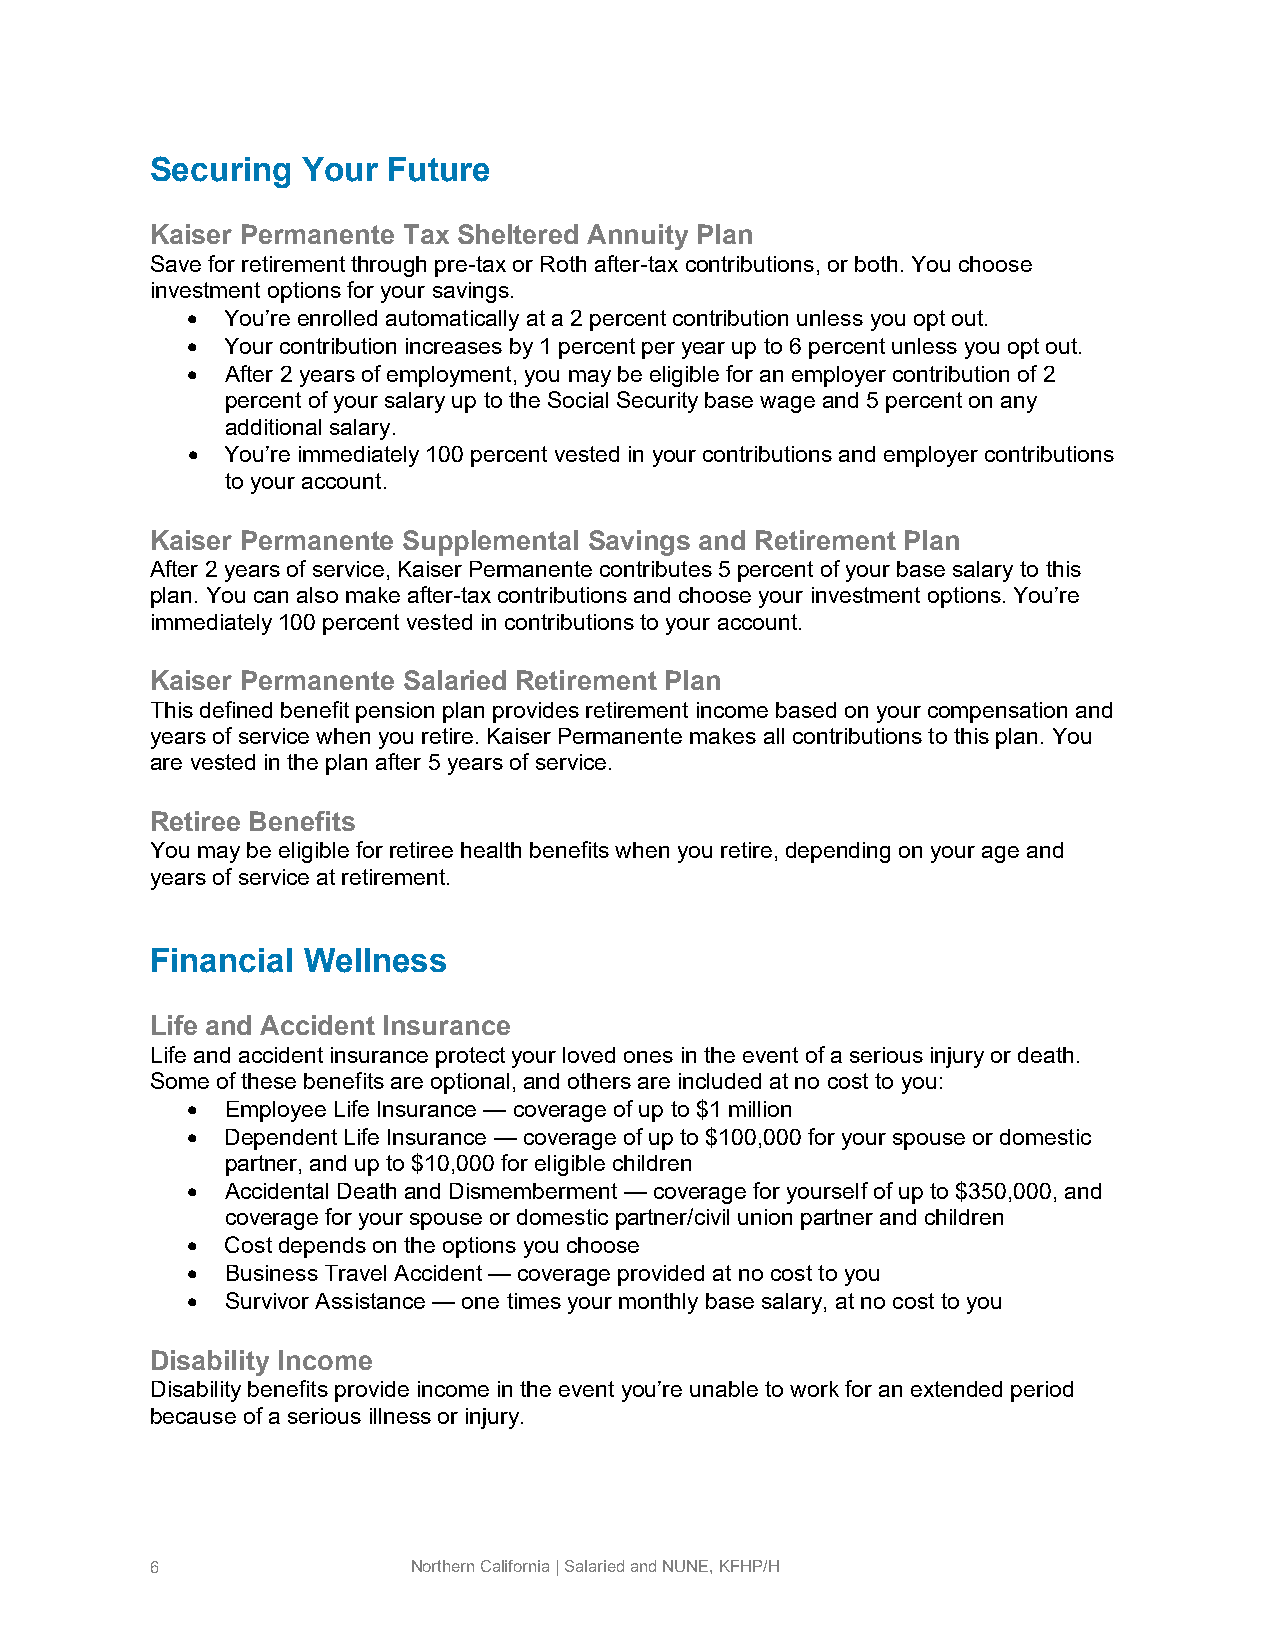
Securing  Your  Future
 Kaiser Permanente Tax Sheltered Annuity Plan
 Save for retirement through pre-tax or Roth after-tax contributions, or both. You choose
 investment options for your savings.
   You’re enrolled automatically at a 2 percent contribution unless you opt out.
   Your contribution increases by 1 percent per year up to 6 percent unless you opt out.
   After 2 years of employment, you may be eligible for an employer contribution of 2
 percent of your salary up to the Social Security base wage and 5 percent on any
 additional salary.
   You’re immediately 100 percent vested in your contributions and employer contributions
 to your account.
 Kaiser Permanente Supplemental Savings and Retirement Plan
 After 2 years of service, Kaiser Permanente contributes 5 percent of your base salary to this
 plan. You can also make after-tax contributions and choose your investment options. You’re
 immediately 100 percent vested in contributions to your account.
 Kaiser Permanente Salaried Retirement Plan
 This defined benefit pension plan provides retirement income based on your compensation and
 years of service when you retire. Kaiser Permanente makes all contributions to this plan. You
 are vested in the plan after 5 years of service.
 Retiree Benefits
 You may be eligible for retiree health benefits when you retire, depending on your age and
 years of service at retirement.
 Financial Wellness
 Life and Accident Insurance
 Life and accident insurance protect your loved ones in the event of a serious injury or death.
 Some of these benefits are optional, and others are included at no cost to you:
   Employee Life Insurance — coverage of up to $1 million
   Dependent Life Insurance — coverage of up to $100,000 for your spouse or domestic
 partner, and up to $10,000 for eligible children
   Accidental Death and Dismemberment — coverage for yourself of up to $350,000, and
 coverage for your spouse or domestic partner/civil union partner and children
   Cost depends on the options you choose
   Business Travel Accident — coverage provided at no cost to you
   Survivor Assistance — one times your monthly base salary, at no cost to you
 Disability Income
 Disability benefits provide income in the event you’re unable to work for an extended period
 because of a serious illness or injury.
 6                Northern California | Salaried and NUNE, KFHP/H